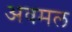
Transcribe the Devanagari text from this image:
अवमल